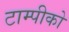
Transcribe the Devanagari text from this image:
टाम्पीको